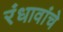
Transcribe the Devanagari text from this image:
रंधावांचे